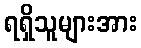
ရရှိသူများအား